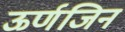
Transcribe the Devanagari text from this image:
ऊर्णजिन